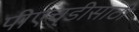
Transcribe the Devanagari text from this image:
पीएच्‌डीसाठी